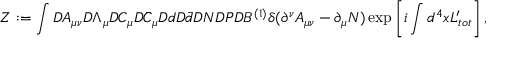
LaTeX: Z : = \int { \cal D } A _ { \mu \nu } { \cal D } \Lambda _ { \mu } { \cal D } C _ { \mu } { \cal D } \bar { C } _ { \mu } { \cal D } d { \cal D } \bar { d } { \cal D } N { \cal D } P { \cal D } B ^ { ( 1 ) } \delta ( \partial ^ { \nu } A _ { \mu \nu } - \partial _ { \mu } N ) \exp \left[ i \int d ^ { 4 } x { \cal L } _ { t o t } ^ { \prime } \right] ,